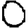
Digit: 0